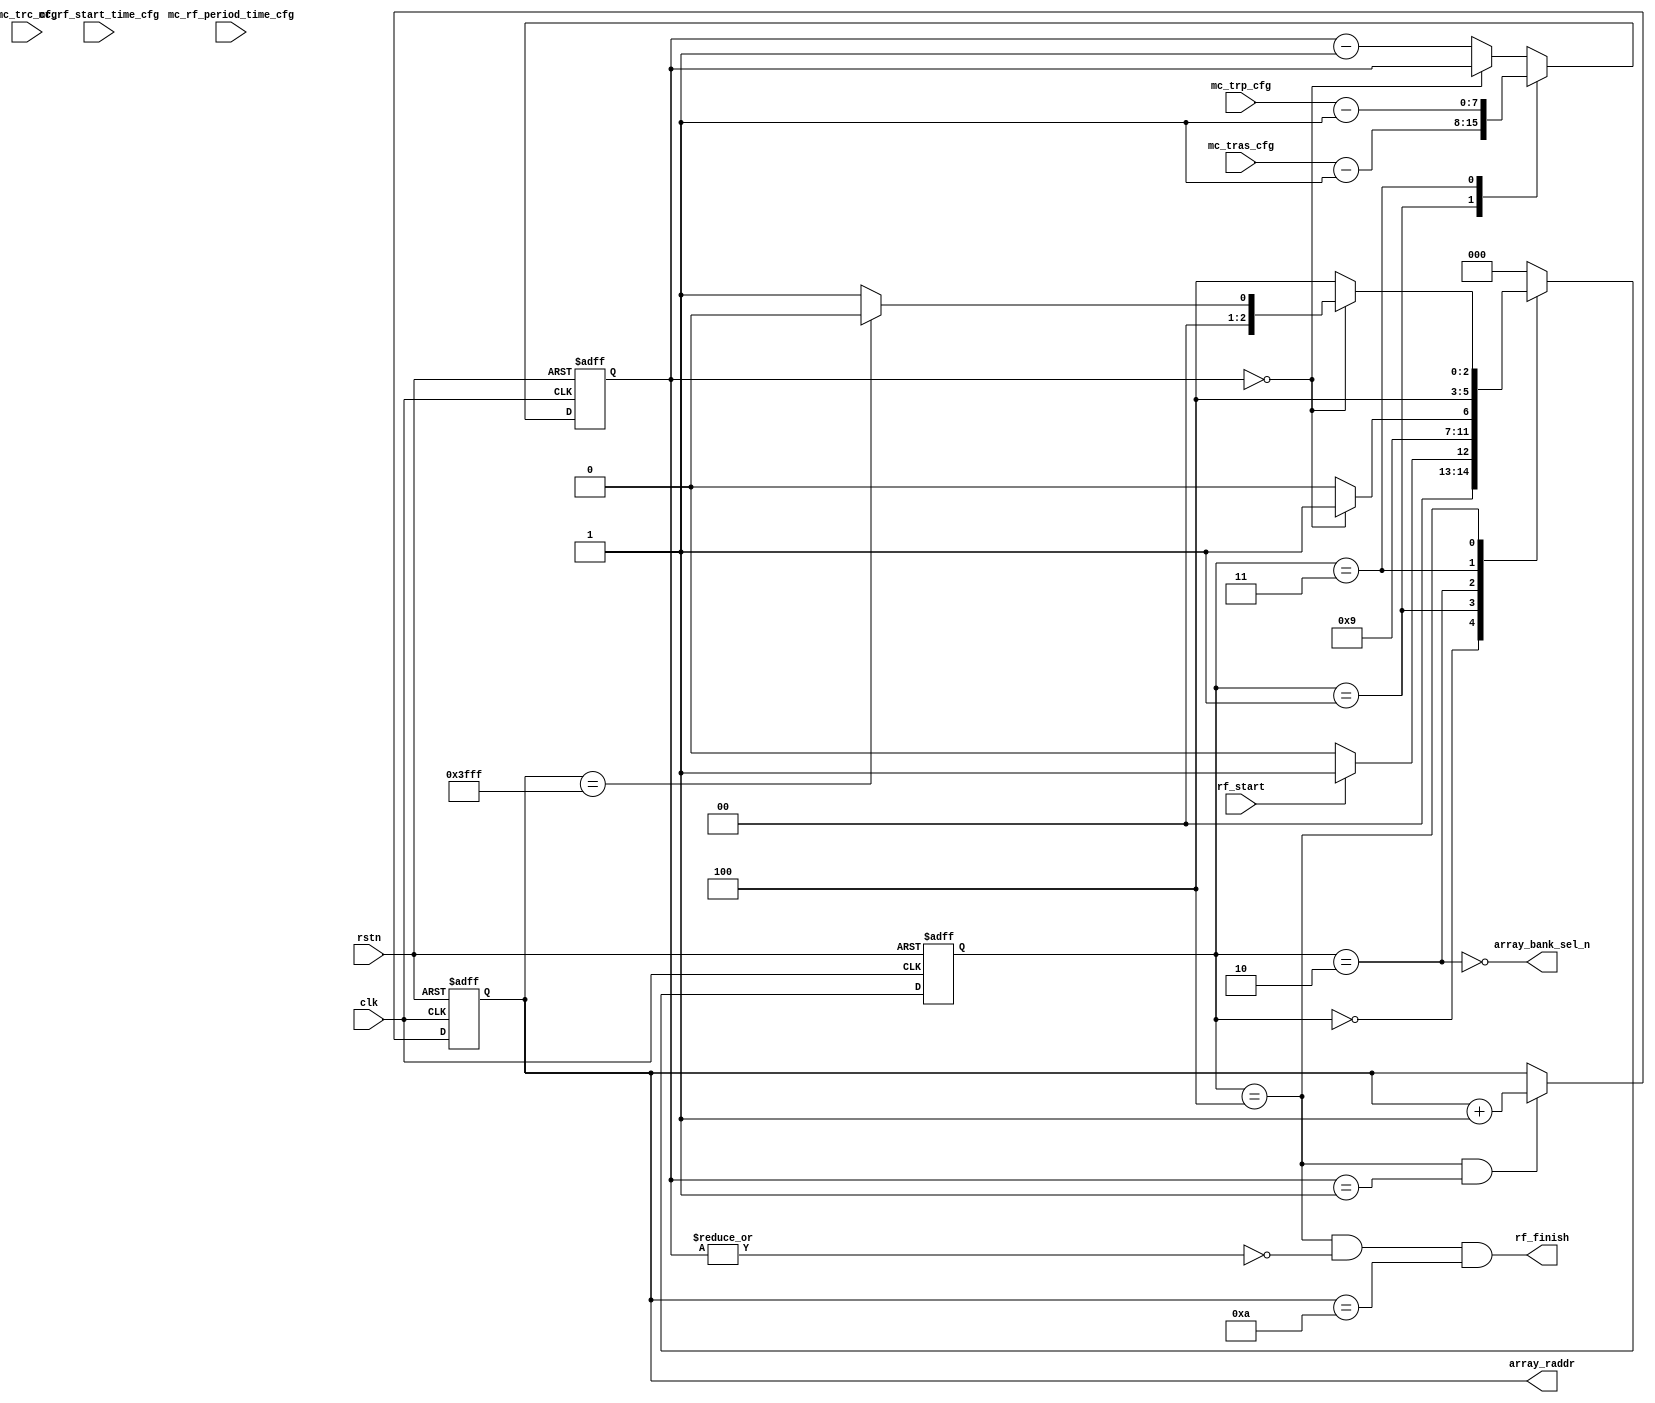
`timescale 1ns / 1ps
//////////////////////////////////////////////////////////////////////////////////
// Company: 
// Engineer: 
// 
// Design Name: 
// Module Name: rf_ctrl
// Project Name: 
// Target Devices: 
// Tool Versions: 
// Description: 
// 
// Dependencies: 
// 
// Revision:
// Revision 0.01 - File Created
// Additional Comments:
// 
//////////////////////////////////////////////////////////////////////////////////


module array_rf_ctrl #(
    parameter ARRAY_RADDR_WIDTH = 14,
    parameter ARRAY_CADDR_WIDTH = 6 
)(
    input                               clk                     ,
    input                               rstn                    ,

    input [27:0]                        mc_rf_start_time_cfg    ,
    input [27:0]                        mc_rf_period_time_cfg   ,
    input [7:0]                         mc_tras_cfg             ,
    input [7:0]                         mc_trp_cfg              ,
    input [7:0]                         mc_trc_cfg              ,

    input                               rf_start                ,
    output                              rf_finish               ,

    output                              array_bank_sel_n        ,
    output [ARRAY_RADDR_WIDTH - 1 : 0]  array_raddr
);


    localparam IDLE     = 3'd0;
    localparam SADDR    = 3'd1;
    localparam TRAS     = 3'd2;
    localparam PRE_TRP  = 3'd3;
    localparam TRP      = 3'd4;

    reg [2:0] curr_state;
    reg [2:0] next_state;

    reg [7:0] fsm_cnt;
    reg [7:0] rc_cnt;

    reg [ARRAY_RADDR_WIDTH - 1 : 0] array_r_cnt;

    //FSM design
    always @(posedge clk or negedge rstn) begin
        if(!rstn)
            curr_state <= IDLE;
        else
            curr_state <= next_state;
    end

    always @(*) begin
        case(curr_state)
        IDLE:begin
            if(rf_start)
                next_state = SADDR;
            else    
                next_state = IDLE;
        end 

        SADDR:begin
            next_state = TRAS;
        end

        TRAS:begin
            if(fsm_cnt == 8'd0)
                next_state = PRE_TRP;
            else
                next_state = TRAS;
        end

        PRE_TRP:begin
            next_state = TRP;
        end

        TRP:begin
            if(fsm_cnt == 8'd0)begin
                if(array_r_cnt == {ARRAY_RADDR_WIDTH{1'b1}})
                    next_state = IDLE;
                else
                    next_state = SADDR;
            end
            else
                next_state = TRP;
        end       

        default: next_state = IDLE;
        endcase
    end

    always @(posedge clk or negedge rstn) begin
        if(!rstn)
            fsm_cnt <= 8'd0;
        else begin
            case(curr_state)
            SADDR  : fsm_cnt <= mc_tras_cfg - 1'b1 ;
            PRE_TRP : fsm_cnt <= mc_trp_cfg - 1'b1 ;
            default : fsm_cnt <= (fsm_cnt == 8'd0) ? fsm_cnt : fsm_cnt - 1'b1;
            endcase
        end
    end

    // always @(posedge clk or negedge rstn) begin
    //     if(!rstn)
    //         rc_cnt <= 8'd0;
    //     else if(curr_state == SADDR)
    //         rc_cnt <= mc_trc_cfg - 1'b1;
    //     else
    //         rc_cnt <= (rc_cnt == 8'd0) ? rc_cnt : rc_cnt - 1'b1;
    // end

    always @(posedge clk or negedge rstn) begin
        if(!rstn)
            array_r_cnt <= 14'd0;
        else if (curr_state == TRP && fsm_cnt == 8'd1) begin
            // auto add to zero
            // if(&array_r_cnt)
            //     array_r_cnt <= 14'd0;
            // else
            array_r_cnt <= array_r_cnt + 1'b1;
        end
    end

    //assign output
    //assign rf_finish = ((curr_state == TRP) && (fsm_cnt == 8'd0) && (&array_r_cnt));
    //for shorter rf process 
    assign rf_finish = ((curr_state == TRP) && (~|fsm_cnt) && (array_r_cnt == 8'd10));
    
    assign array_bank_sel_n = ~(curr_state == TRAS);

    assign array_raddr = array_r_cnt;


    
endmodule